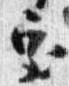
室